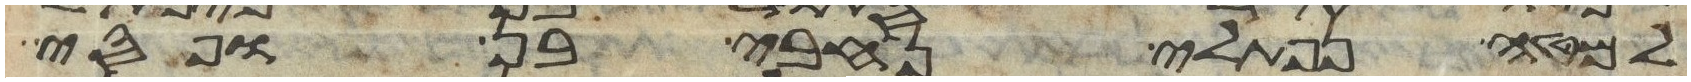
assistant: למטה נפתלי נחבי בן ופסי